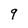
Character: q